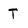
Character: T